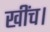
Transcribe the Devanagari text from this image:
खींच।